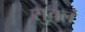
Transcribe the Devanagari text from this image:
सुचलं